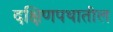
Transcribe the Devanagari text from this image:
दक्षिणपथातील